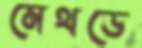
মেথডে